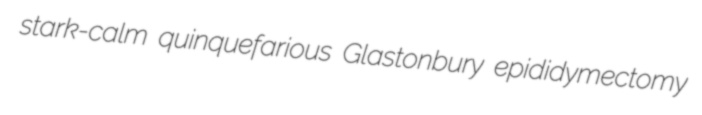
stark-calm quinquefarious Glastonbury epididymectomy